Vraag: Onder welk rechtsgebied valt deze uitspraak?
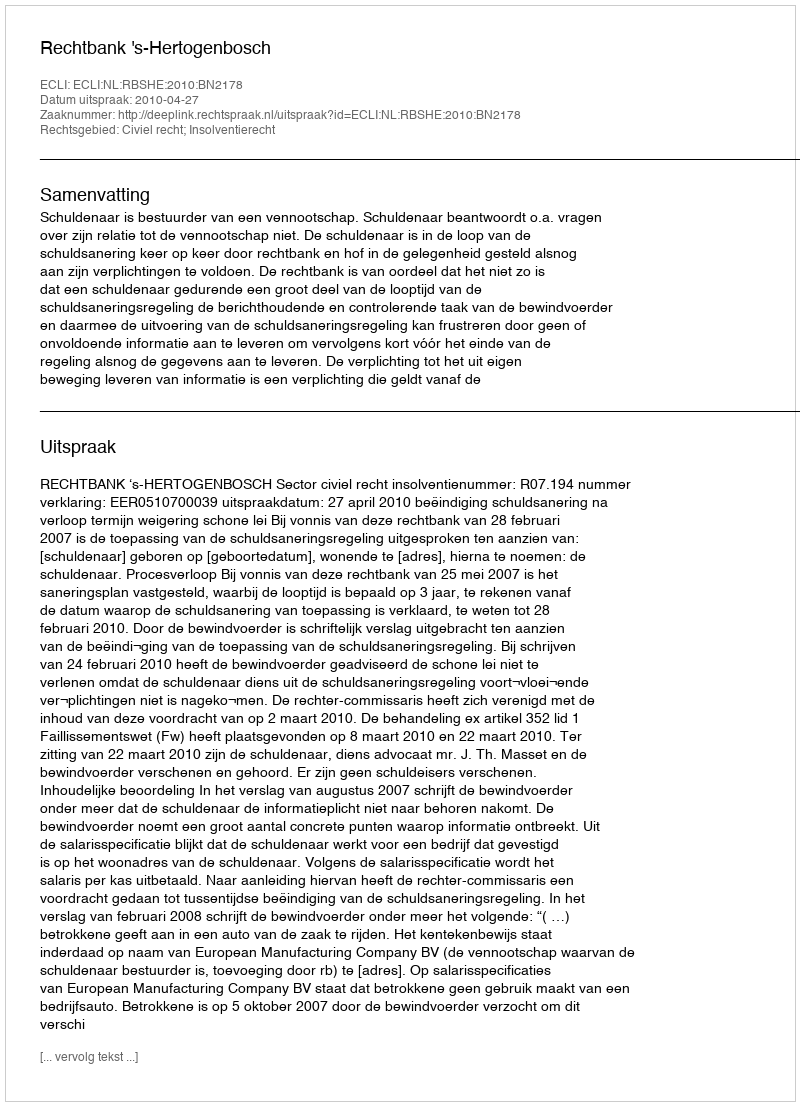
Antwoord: Civiel recht; Insolventierecht